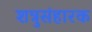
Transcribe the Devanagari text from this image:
शत्रुसंहारक